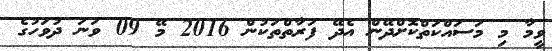
ވީމާ މި މަސައްކަތްކޮށްދޭން އެދޭ ފަރާތްތަކުން 2016 މޭ 09 ވަނަ ދުވަހުގެ